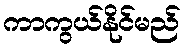
ကာကွယ်နိုင်မည်